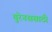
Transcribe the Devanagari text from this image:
युरेनससाठी